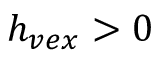
h _ { v e x } > 0